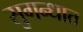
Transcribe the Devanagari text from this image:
सुगन्धात